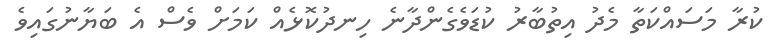
ކުރާ މަސައްކަތާ މެދު އިތުބާރު ކުޑަވެގެންދާނެ ހިނދުކޮޅެއް ކަމަށް ވެސް އެ ބަޔާނުގައިވެ